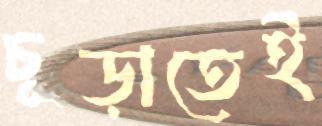
চূড়াতেই